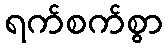
ရက်စက်စွာ